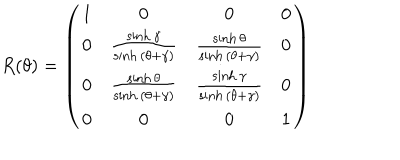
LaTeX: R ( \theta ) = \left( \begin{array} { c c c c } { { 1 } } & { { 0 } } & { { 0 } } & { { 0 } } \\ { { 0 } } & { { \frac { \sinh { \gamma } } { \sinh { ( \theta + \gamma ) } } } } & { { \frac { \sinh { \theta } } { \sinh { ( \theta + \gamma ) } } } } & { { 0 } } \\ { { 0 } } & { { \frac { \sinh { \theta } } { \sinh { ( \theta + \gamma ) } } } } & { { \frac { \sinh { \gamma } } { \sinh { ( \theta + \gamma ) } } } } & { { 0 } } \\ { { 0 } } & { { 0 } } & { { 0 } } & { { 1 } } \\ \end{array} \right)